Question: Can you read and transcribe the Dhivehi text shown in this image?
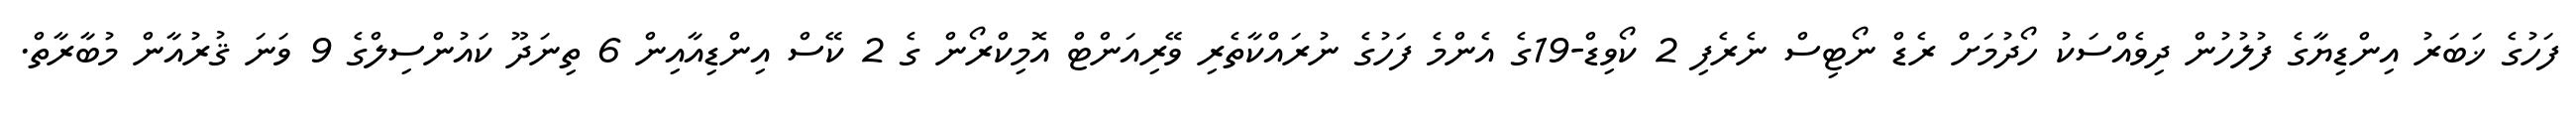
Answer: ފަހުގެ ޚަބަރު އިންޑިޔާގެ ފުލުހުން ދިވެއްސަކު ހޯދުމަށް ރެޑް ނޯޓިސް ނެރެފި 2 ކޯވިޑް-19ގެ އެންމެ ފަހުގެ ނުރައްކާތެރި ވޭރިއަންޓް އޮމިކްރޯން ގެ 2 ކޭސް އިންޑިއާއިން 6 ތިނަދޫ ކައުންސިލްގެ 9 ވަނަ ޤުރުއާން މުބާރާތް.